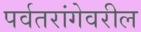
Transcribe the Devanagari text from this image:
पर्वतरांगेवरील